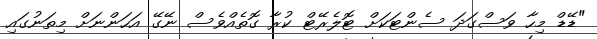
"ޑޭޑް މިހާ ވަސްގަދަ ސެންޓަކަށް ޓޮލެރޭޓް ކުރާ ގޮތެއްވެސް ނޭގޭ އަހަންނަށް މިތަނުގައި